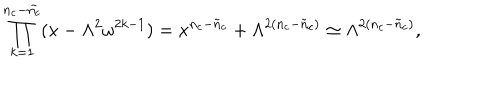
\prod _ { k = 1 } ^ { n _ { c } - \tilde { n _ { c } } } ( x - \Lambda ^ { 2 } \omega ^ { 2 k - 1 } ) = x ^ { n _ { c } - \tilde { n } _ { c } } + \Lambda ^ { 2 ( n _ { c } - \tilde { n } _ { c } ) } \simeq \Lambda ^ { 2 ( n _ { c } - \tilde { n } _ { c } ) } ,